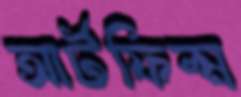
আর্টফিল্ম